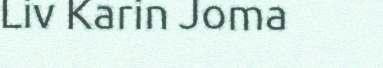
Liv Karin Joma